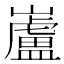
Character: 𫶢